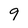
Character: 9